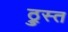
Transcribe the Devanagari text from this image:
ठ्रुस्त